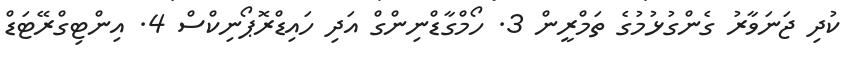
ކުދި ޖަނަވާރު ގެންގުޅުމުގެ ތަމްރީން 3. ހޯމްގާޑްނިންގް އަދި ހައިޑްރޮޕޯނިކްސް 4. އިންޓިގްރޭޓަޑް